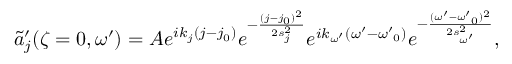
\tilde { a } _ { j } ^ { \prime } ( \zeta = 0 , \omega ^ { \prime } ) = A e ^ { i k _ { j } ( j - j _ { 0 } ) } e ^ { - \frac { ( j - j _ { 0 } ) ^ { 2 } } { 2 s _ { j } ^ { 2 } } } e ^ { i k _ { \omega ^ { \prime } } ( { \omega ^ { \prime } } - { \omega ^ { \prime } } _ { 0 } ) } e ^ { - \frac { ( { \omega ^ { \prime } } - { \omega ^ { \prime } } _ { 0 } ) ^ { 2 } } { 2 s _ { \omega ^ { \prime } } ^ { 2 } } } ,